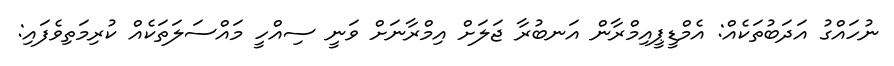
ނުހައްގު އަދަބުތަކެއް: އެމްޑީޕީއިމްރާން އަނބުރާ ޖަލަށް އިމްރާނަށް ވަނީ ސިއްހީ މައްސަލަތަކެއް ކުރިމަތިވެފައި: